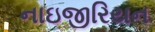
નાઇજીરિયન